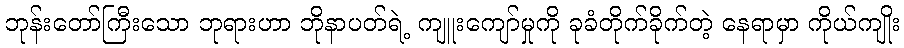
ဘုန်းတော်ကြီးသော ဘုရားဟာ ဘိုနာပတ်ရဲ့ ကျူးကျော်မှုကို ခုခံတိုက်ခိုက်တဲ့ နေရာမှာ ကိုယ်ကျိုး